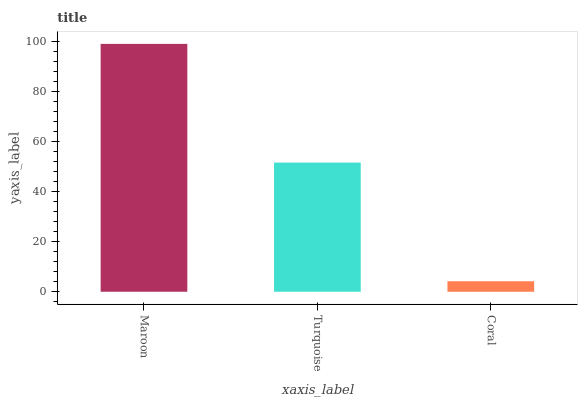
| xaxis_label | bars |
 | --- | --- |
 | Maroon | 99 |
 | Turquoise | 51.6 |
 | Coral | 4.19 |